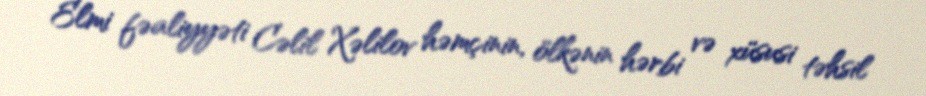
Elmi fəaliyyəti Cəlil Xəlilov həmçinin, ölkənin hərbi və xüsusi təhsil